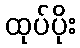
ထုပ်ပိုး